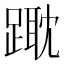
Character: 𨄁